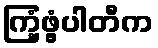
ကြံ့ဖွံ့ပါတီက